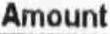
AMOUNT